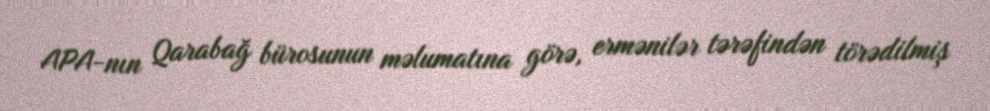
APA-nın Qarabağ bürosunun məlumatına görə, ermənilər tərəfindən törədilmiş